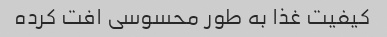
کیفیت غذا به طور محسوسی افت کرده